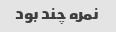
نمره چند بود